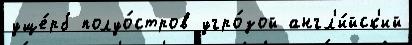
уще́рб полуо́стров угро́зой англ'и́йск'ий